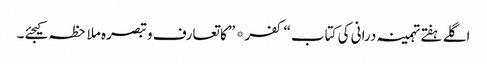
اگلے ہفتے تہمینہ درانی کی کتاب “کفر* ” کا تعارف و تبصرہ ملاحظہ کیجئے۔